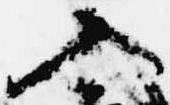
入